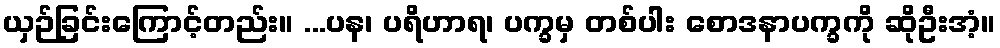
ယှဉ်ခြင်းကြောင့်တည်း။ ...ပန၊ ပရိဟာရ၊ ပက္ခမှ တစ်ပါး စောဒနာပက္ခကို ဆိုဦးအံ့။